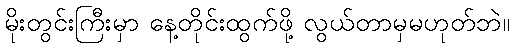
မိုးတွင်းကြီးမှာ နေ့တိုင်းထွက်ဖို့ လွယ်တာမှမဟုတ်ဘဲ။